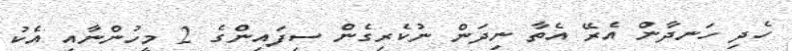
ހެދި ހަނދާން އެރޭ އެތާ ނިދަން ނުކެރިގެން ސިފައިންގެ 2 މީހުންނާއި އެކު